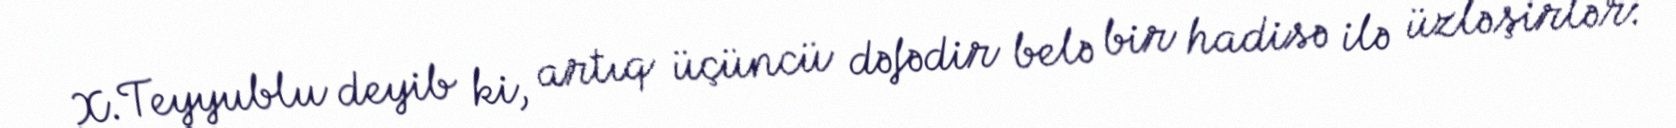
X.Teyyublu deyib ki, artıq üçüncü dəfədir belə bir hadisə ilə üzləşirlər: